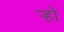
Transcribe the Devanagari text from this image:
र्‍हो